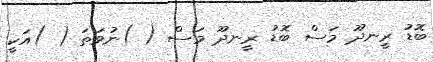
ބޮޑު ރީނދޫ މަސް ބޮޑު ރީނދޫ މަސް ( )ނުވަތަ ( )އަކީ